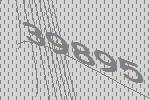
39895